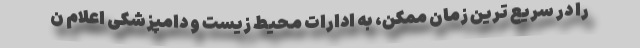
را در سریع ترین زمان ممکن، به ادارات محیط زیست و دامپزشکی اعلام ن